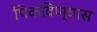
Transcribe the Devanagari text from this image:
पिकविण्यास